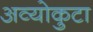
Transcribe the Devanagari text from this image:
अव्योकुटा